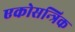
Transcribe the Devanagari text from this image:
एकोसन्त्रिक